Jaan_Tonisson_(Lasteleht), lk 138
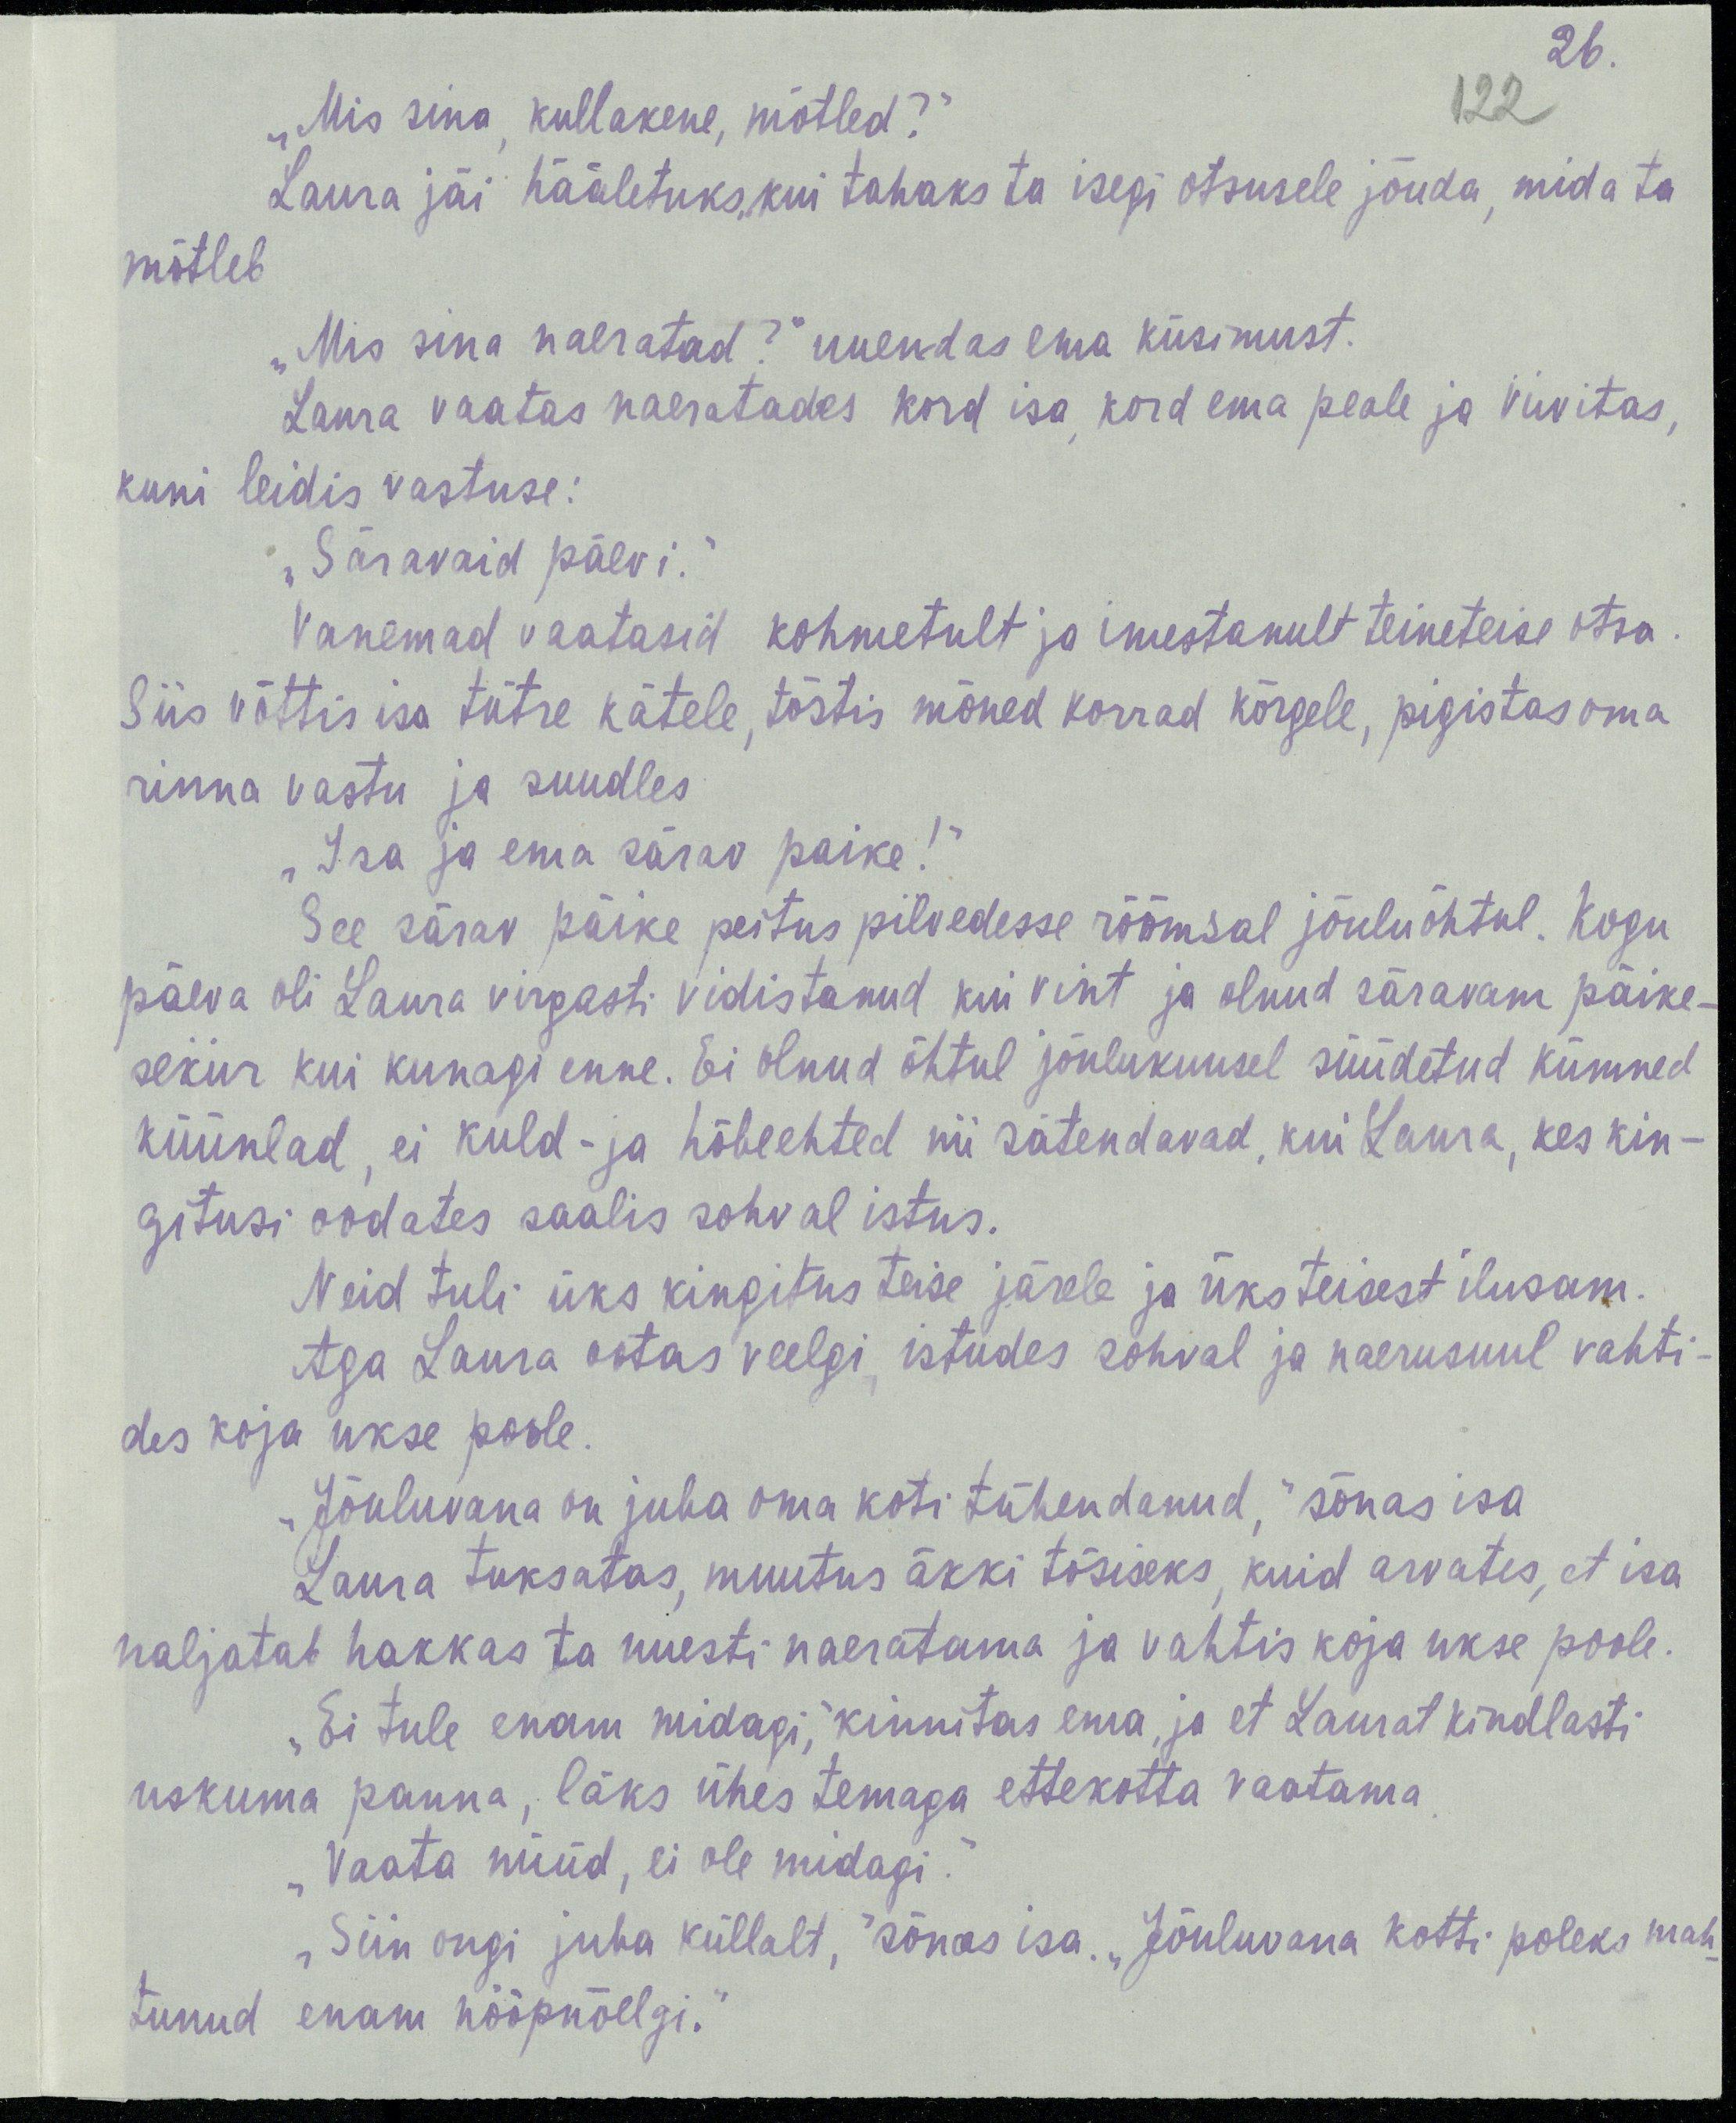
26.
122
„Mis sina, kullakene, mõtled?“
Laura jäi hääletuks, kui tahaks ta isegi otsusele jõua, mida ta
mõtleb
„Mis sina naeratad?“ uuendas ema küsimust.
Laura vaatas naeratades kord isa, kord ema peale ja viivitas,
kuni leidis vastuse:
„Säravaid päevi.“
Vanevad vaatasid kohmetult ja imestanult teineteise otsa.
Siis võttis isa tütre kätele, tõstis mõned korrad kõrgele, pigistas oma
rinna vastu ja suudles
„Isa ja ema särav paike!“
See särav päike peitus pilvedesse rõõmsal jõuluõhtul. Kogu
päeva oli Laura virgasti vidistanud kui vint ja olnud säravam päike-
sekiir kui kunagi enne. Ei olnud õhtul jõulukuusel süüdetud kümned
küünlad, ei kuld- ja hõbeehted nii sätendavad, kui Laura, kes kin-
gitusi oodates saalis sohval istus.
Neid tuli üks kingitus teise järele ja üks teisest ilusam.
Aga Laura ootas veelgi, istudes sohval ja naerusuul vahti-
des koja ukse poole.
„Jõuluvana on juba oma koti tühendanud,“ sõnas isa
Laura tuksatas, muutus äkki tõsiseks, kuid arvates, et isa
naljatab hakkas ta uuesti naeratama ja vahtis koja ukse poole.
„Ei tule enam midagi,“ kinnitas ema, ja et Laurat kindlasti
uskuma panna, läks ühes temaga ettekotta vaatama.
„Vaata nüüd, ei ole midagi.“
„Siin ongi juba küllalat," sõnas isa. „Jõuluvana kotti poleks mah-
tunud enam nööpnõelagi.“